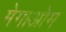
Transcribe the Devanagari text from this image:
मेगाओम